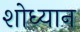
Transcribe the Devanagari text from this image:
शोध्यान